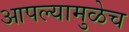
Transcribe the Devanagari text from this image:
आपल्यामुळेच